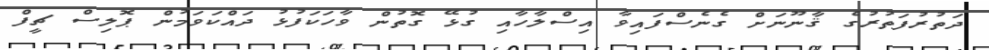
ދަތުރުފަތުރުގެ ޤާނޫނަށް ގެނެސްފައިވާ އިސްލާހާއި ގުޅޭ ގޮތުން ވާހަކަފުޅު ދައްކަވަމުން ޕޮލިސް ޗީފް